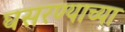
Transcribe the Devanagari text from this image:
घसरण्याच्या